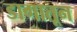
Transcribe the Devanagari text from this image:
डागातून